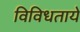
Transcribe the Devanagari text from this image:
विविधताये